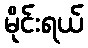
မိုင်းရယ်